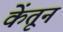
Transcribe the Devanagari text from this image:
केंतून